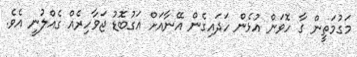
މަގުމަތީން ގާ ހޮވަން އުޅެން ހަދައިގެން އޭނާއަށް އަގުބޮޑު ޖަވާހިރެއް ގެއްލުނީ އެވެ.